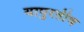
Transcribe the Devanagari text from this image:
यापुरतीच